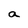
Character: a